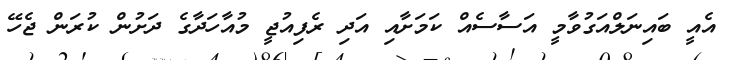
އެއީ ބައިނަލްއަގުވާމީ އަސާސެއް ކަމަށާއި އަދި ރެފިއުޖީ މުއާހަދާގެ ދަށުން ކުރަން ޖެހޭ